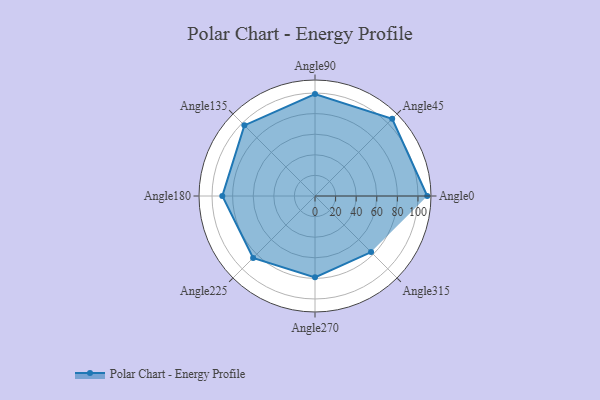
{"axis": {"x": "Angle", "y": "Radius"}, "legend": [""], "data": [{"x": "Angle0", "y": 109.0, "type": ""}, {"x": "Angle45", "y": 106.0, "type": ""}, {"x": "Angle90", "y": 99.0, "type": ""}, {"x": "Angle135", "y": 97.0, "type": ""}, {"x": "Angle180", "y": 90.0, "type": ""}, {"x": "Angle225", "y": 85.0, "type": ""}, {"x": "Angle270", "y": 79.0, "type": ""}, {"x": "Angle315", "y": 77.0, "type": ""}]}